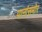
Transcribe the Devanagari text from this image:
पानांसमोर